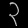
Digit: ၃